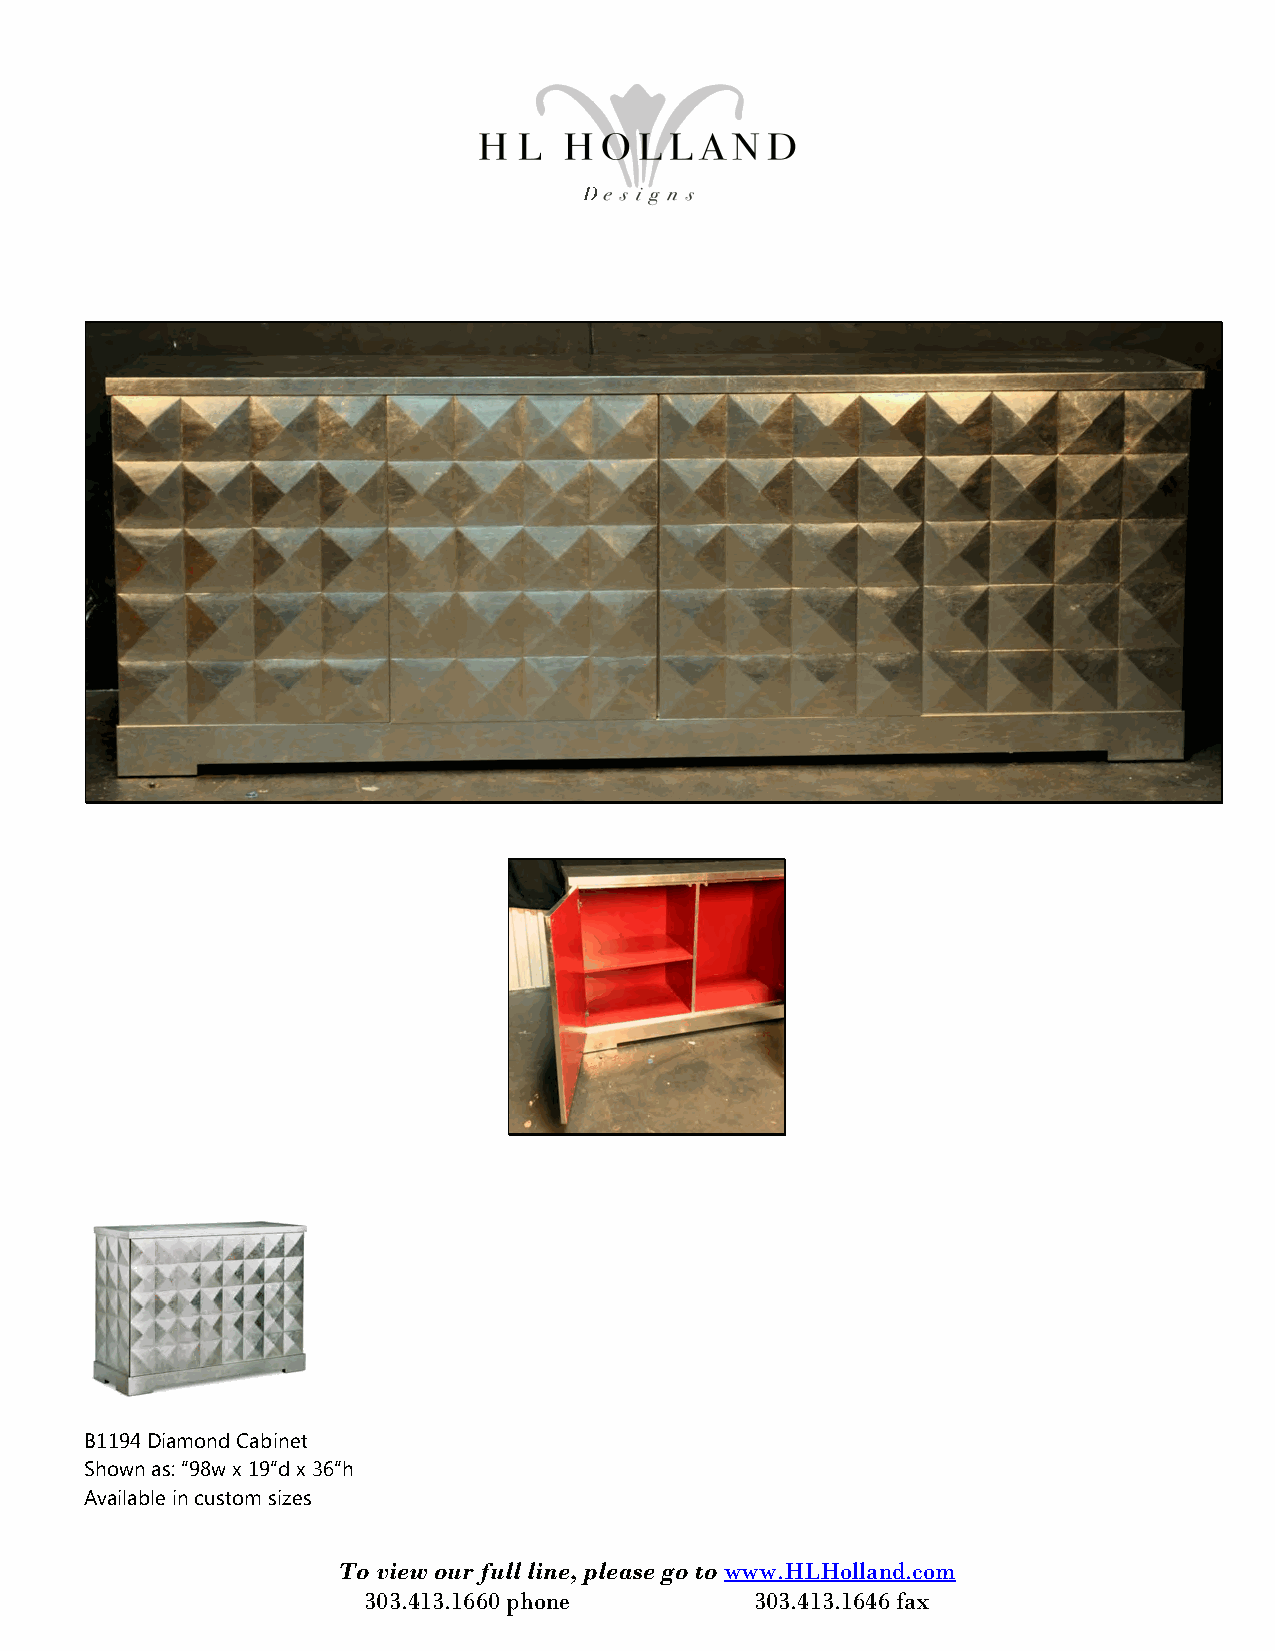
B1194 Diamond Cabinet
 Shown as: “98w x 19“d x 36“h
 Available in custom sizes
 To view our full line, please go to www.HLHolland.com
 303.413.1660 phone        303.413.1646 fax